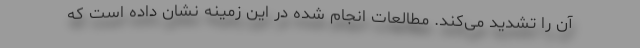
آن را تشدید می‌کند. مطالعات انجام شده در این زمینه نشان داده است که